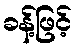
ခန့်ဖြင့်